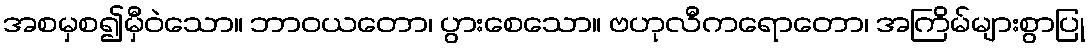
အစမှစ၍မှီဝဲသော။ ဘာဝယတော၊ ပွားစေသော။ ဗဟုလီကရောတော၊ အကြိမ်များစွာပြု